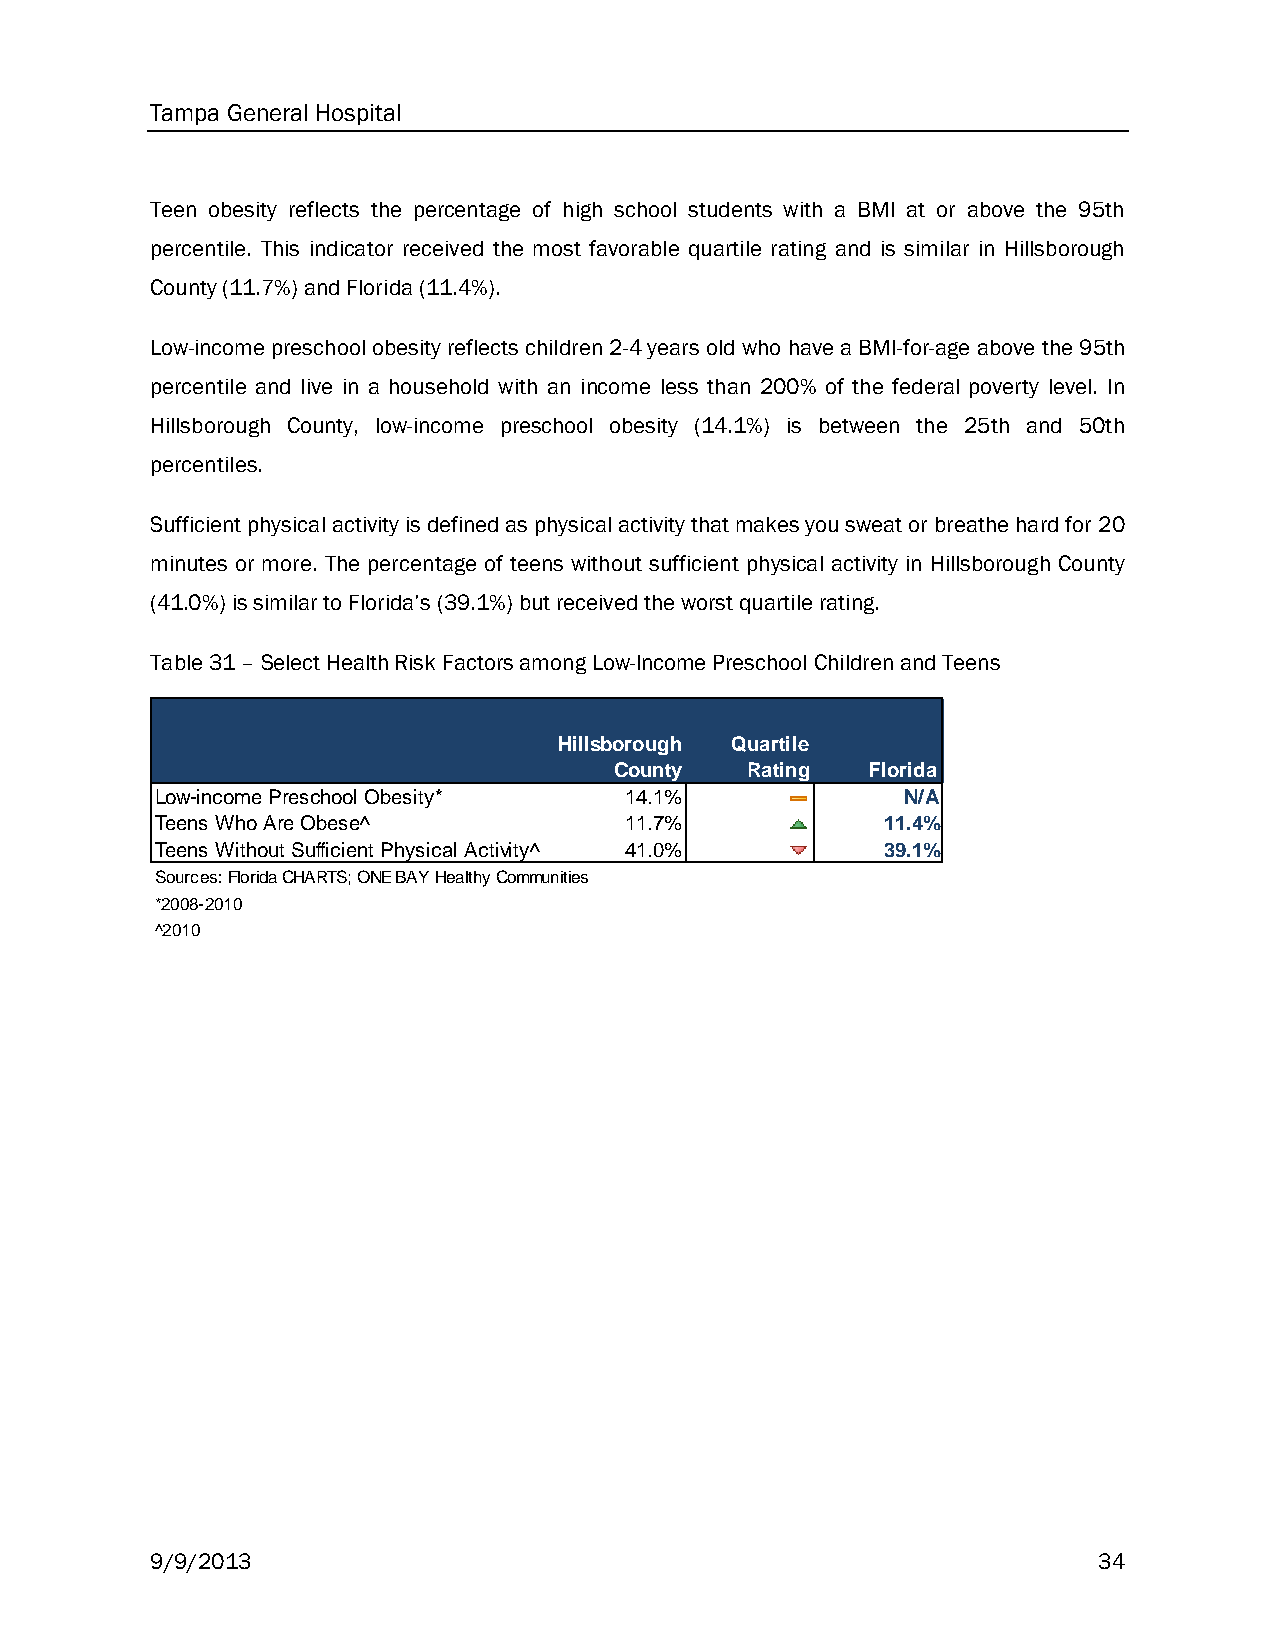
Tampa General Hospital
 Teen obesity reflects the percentage of high school students with a BMI at or above the 95th
 percentile. This indicator received the most favorable quartile rating and is similar in Hillsborough
 County (11.7%) and Florida (11.4%).
 Low-income preschool obesity reflects children 2-4 years old who have a BMI-for-age above the 95th
 percentile and live in a household with an income less than 200% of the federal poverty level. In
 Hillsborough County, low-income preschool obesity (14.1%) is between the 25th and 50th
 percentiles.
 Sufficient physical activity is defined as physical activity that makes you sweat or breathe hard for 20
 minutes or more. The percentage of teens without sufficient physical activity in Hillsborough County
 (41.0%) is similar to Florida’s (39.1%) but received the worst quartile rating.
 Table 31 – Select Health Risk Factors among Low-Income Preschool Children and Teens
 Hillsborough Quartile
 County  Rating  Florida
 Low-income Preschool Obesity*  14.1%              N/A
 Teens Who Are Obese^           11.7%             11.4%
 Teens Without Sufficient Physical Activity^ 41.0% 39.1%
 Sources: Florida CHARTS; ONE BAY Healthy Communities
 *2008-2010
 ^2010
 9/9/2013                                                       34